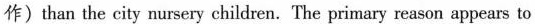
作)than the city nursery children. The primary reason appears to